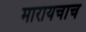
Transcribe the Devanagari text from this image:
मारायचाच